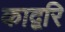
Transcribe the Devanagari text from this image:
काद्बरि